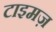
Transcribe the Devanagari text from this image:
टाइमज़